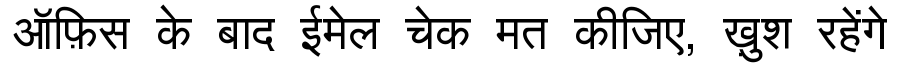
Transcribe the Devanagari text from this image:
ऑफ़िस के बाद ईमेल चेक मत कीजिए, ख़ुश रहेंगे